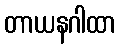
တာယနဂါထာ